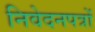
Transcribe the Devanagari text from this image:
निवेदनपत्रों